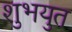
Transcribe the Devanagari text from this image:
शुभयुत